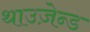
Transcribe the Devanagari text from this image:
थाउज़ेन्ड